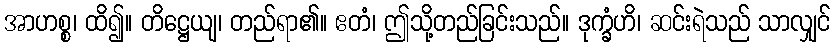
အာဟစ္စ၊ ထိ၍။ တိဋ္ဌေယျ၊ တည်ရာ၏။ ဧတံ၊ ဤသို့တည်ခြင်းသည်။ ဒုက္ခံဟိ၊ ဆင်းရဲသည် သာလျှင်